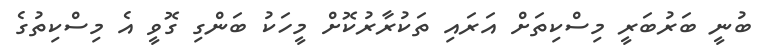
ބުނީ ބަރުބަރީ މިސްކިތަށް އަރައި ތަކުރާރުކޮށް މީހަކު ބަންގި ގޮވީ އެ މިސްކިތުގެ